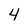
Character: 4